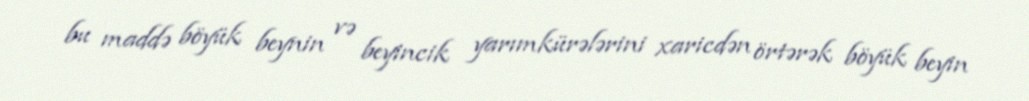
bu maddə böyük beynin və beyincik yarımkürələrini xaricdən örtərək böyük beyin